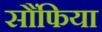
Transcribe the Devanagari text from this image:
सौंफिया